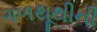
ગળથૂથીની